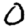
Digit: 0